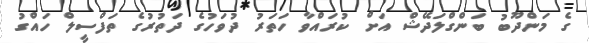
ގެ މަންދޫބު ބަންގްލަދޭޝް އަށް ކުރައްވާ ހަތަރު ދުވަހުގެ ދަތުރުގެ ތަފްސީލް ހައްގު